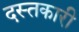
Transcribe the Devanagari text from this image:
दस्‍तकारी